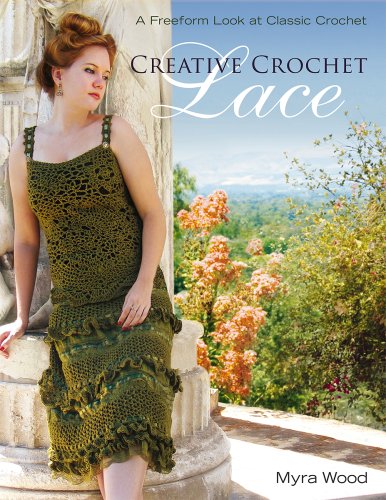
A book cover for Creative Crochet Lace: A Freeform Look at Classic Crochet; Myra Wood; Crafts, Hobbies & Home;